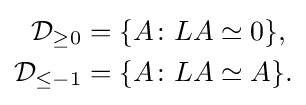
{\begin{aligned}{\mathcal {D}}_{\geq 0}&=\{A\colon LA\simeq 0\},\\{\mathcal {D}}_{\leq -1}&=\{A\colon LA\simeq A\}.\end{aligned}}